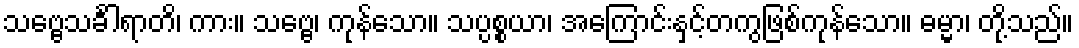
သဗ္ဗေသင်္ခါရာတိ၊ ကား။ သဗ္ဗေ၊ ကုန်သော။ သပ္ပစ္စယာ၊ အကြောင်းနှင့်တကွဖြစ်ကုန်သော။ ဓမ္မာ၊ တို့သည်။